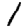
Digit: 1